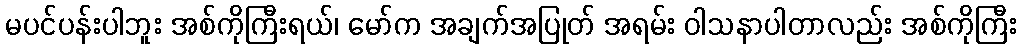
မပင်ပန်းပါဘူး အစ်ကိုကြီးရယ်၊ မော်က အချက်အပြုတ် အရမ်း ဝါသနာပါတာလည်း အစ်ကိုကြီး